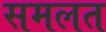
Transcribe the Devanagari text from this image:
समलत